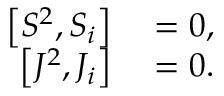
\begin{array} { r l } { \left\lbrack S ^ { 2 } , S _ { i } \right\rbrack } & { { } = 0 , } \\ { \left\lbrack J ^ { 2 } , J _ { i } \right\rbrack } & { { } = 0 . } \end{array}